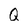
Character: Q